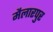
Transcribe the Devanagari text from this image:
मैलारपुर